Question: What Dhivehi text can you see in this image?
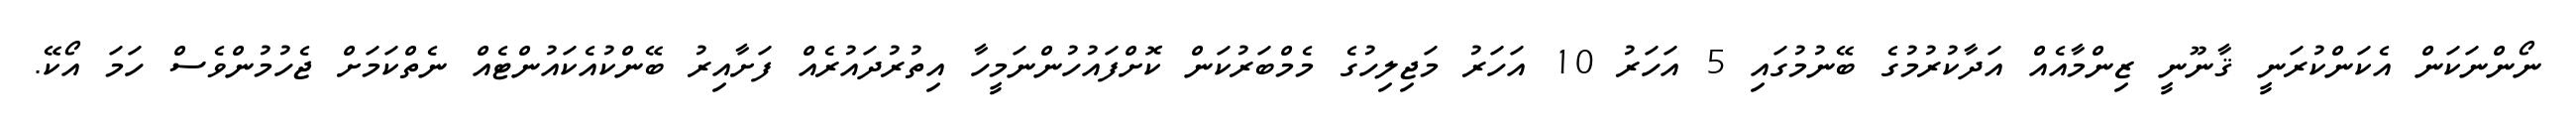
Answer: ނޯންނަކަން އެކަންކުރަނީ ޤާނޫނީ ޒިންމާއެއް އަދާކުރުމުގެ ބޭނުމުގައި 5 އަހަރު 10 އަހަރު މަޖިލިހުގެ މެމްބަރުކަން ކޮށްފައުހުންނަމީހާ އިތުރުދައުރެއް ފަށާއިރު ބޭންކުއެކައުންޓެއް ނެތްކަމަށް ޖެހުމުންވެސް ހަމަ އޯކޭ.